Rangoon Lunatic Asylum 1893-1897 - 1893-1897
Year: 1893
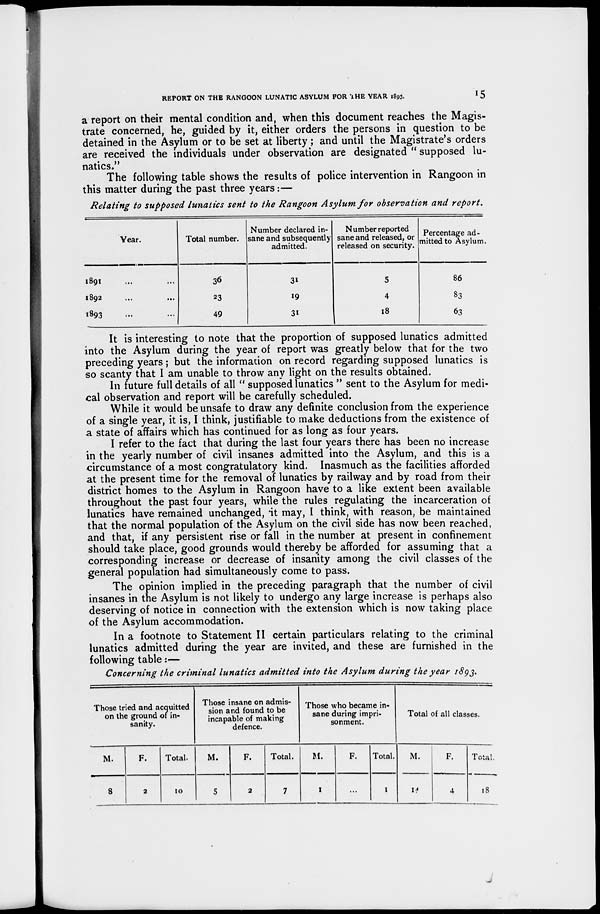
REPORT ON THE RANGOON LUNATIC ASYLUM FOR THE YEAR 1893.
15
a report on their mental condition and, when this document reaches the Magis-
trate concerned, he, guided by it, either orders the persons in question to be
detained in the Asylum or to be set at liberty; and until the Magistrate's orders
are received the individuals under observation are designated " supposed lu-
natics."
The following table shows the results of police intervention in Rangoon in
this matter during the past three years:—
Relating to supposed lunatics sent to the Rangoon Asylum for observation and report.
Year.
1891 ... ...
1892 ... ...
1893 ... ...
Total number.
36
23
49
Number declared in-
sane and subsequently
admitted.
31
19
31
Number reported
sane and released, or
released on security.
5
4
18
Percentage ad-
mitted to Asylum.
86
83
63
It is interesting to note that the proportion of supposed lunatics admitted
into the Asylum during the year of report was greatly below that for the two
preceding years; but the information on record regarding supposed lunatics is
so scanty that I am unable to throw any light on the results obtained.
In future full details of all " supposed lunatics " sent to the Asylum for medi-
cal observation and report will be carefully scheduled.
While it would be unsafe to draw any definite conclusion from the experience
of a single year, it is, I think, justifiable to make deductions from the existence of
a state of affairs which has continued for as long as four years.
I refer to the fact that during the last four years there has been no increase
in the yearly number of civil insanes admitted into the Asylum, and this is a
circumstance of a most congratulatory kind. Inasmuch as the facilities afforded
at the present time for the removal of lunatics by railway and by road from their
district homes to the Asylum in Rangoon have to a like extent been available
throughout the past four years, while the rules regulating the incarceration of
lunatics have remained unchanged, it may, I think, with reason, be maintained
that the normal population of the Asylum on the civil side has now been reached,
and that, if any persistent rise or fall in the number at present in confinement
should take place, good grounds would thereby be afforded for assuming that a
corresponding increase or decrease of insanity among the civil classes of the
general population had simultaneously come to pass.
The opinion implied in the preceding paragraph that the number of civil
insanes in the Asylum is not likely to undergo any large increase is perhaps also
deserving of notice in connection with the extension which is now taking place
of the Asylum accommodation.
In a footnote to Statement II certain particulars relating to the criminal
lunatics admitted during the year are invited, and these are furnished in the
following table:—
Concerning the criminal lunatics admitted into the Asylum during the year 1893.
Those tried and acquitted
on the ground of in-
sanity.
M.
8
F.
2
Total.
10
Those insane on admis-
sion and found to be
incapable of making
defence.
M.
5
F.
2
Total.
7
Those who became in-
sane during impri-
sonment.
M.
1
F.
...
Total.
1
Total of all classes.
M.
14
F.
4
Total.
18